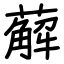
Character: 薢